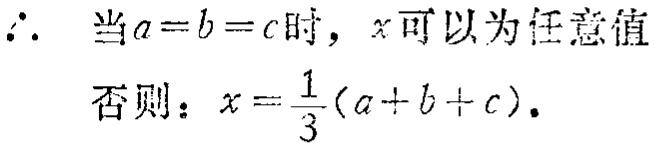
\(\therefore\) 当\(a = b = c\)时，\(x\)可以为任意值
否则：\(x=\frac{1}{3}(a + b + c)\).